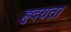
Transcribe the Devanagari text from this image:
हृदयता